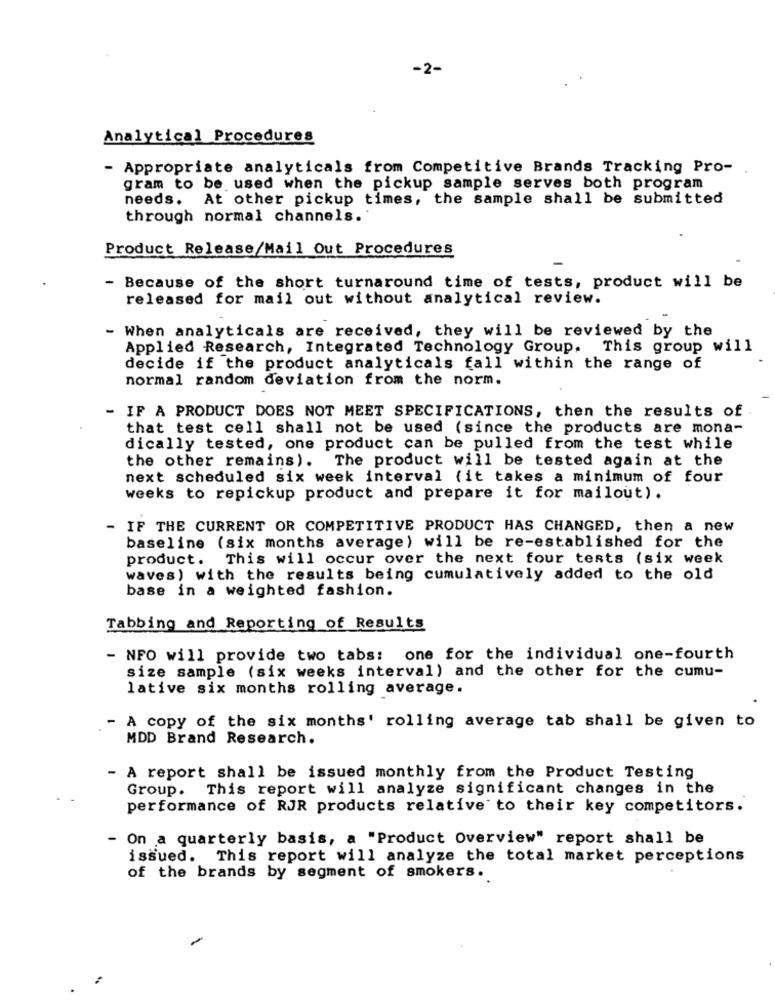
-2
Analytical Procedures
- Appropriate analyticals from Competitive Brands Tracking Pro-
gram to be used when the pickup sample serves both program
needs.
At other pickup times, the sample shall be submitted
through normal channels.
Product Release/Mail Out Procedures
- Because of the short turnaround time of tests, product will be
released for mail out without analytical review.
- When analyticals are received, they will be reviewed by the
Applied Research, Integrated Technology Group. This group will
decide if the product analyticals fall within the range of
normal random deviation from the norm.
- IF A PRODUCT DOES NOT MEET SPECIFICATIONS, then the results of
that test cell shall not be used (since the products are mona-
dically tested, one product can be pulled from the test while
The product will be tested again at the
the other remains).
next scheduled six week interval (it takes a minimum of four
weeks to repickup product and prepare it for mailout).
- IF THE CURRENT OR COMPETITIVE PRODUCT HAS CHANGED, then a new
baseline (six months average) will be re-established for the
product. This will occur over the next four tests (six week
waves) with the results being cumulatively added to the old
base in a weighted fashion.
Tabbing and Reporting of Results
- NFO will provide two tabs: one for the individual one-fourth
size sample (six weeks interval) and the other for the cumu-
lative six months rolling average.
- A copy of the six months' rolling average tab shall be given to
MDD Brand Research.
A report shall be issued monthly from the Product Testing
Group. This report will analyze significant changes in the
performance of RJR products relative to their key competitors.
- On a quarterly basis, a "Product Overview" report shall be
issued. This report will analyze the total market perceptions
of the brands by segment of smokers.